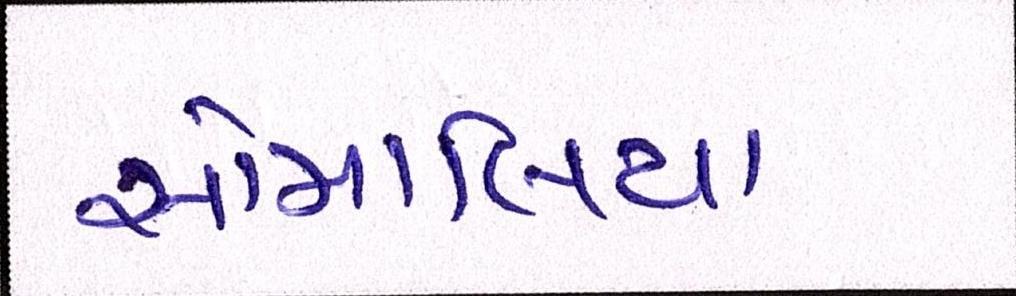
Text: સોમાલિયા